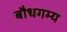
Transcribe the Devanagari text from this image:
बौधगम्य